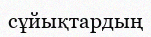
сұйықтардың